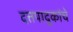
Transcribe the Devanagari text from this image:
दत्तपादुकांचे